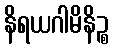
နိရယဂါမိနိဉ္စ